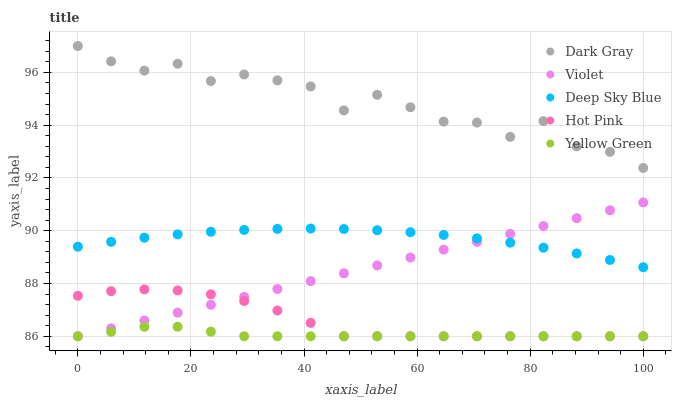
| xaxis_label | Dark Gray | Violet | Deep Sky Blue | Hot Pink | Yellow Green |
 | --- | --- | --- | --- | --- | --- |
 | 0 | 97 | 86 | 89.4 | 87.5 | 86 |
 | 5.88 | 96.4 | 86.3 | 89.6 | 87.7 | 86.2 |
 | 11.8 | 96.1 | 86.6 | 89.7 | 87.8 | 86.4 |
 | 17.6 | 96.3 | 86.9 | 89.9 | 87.7 | 86.4 |
 | 23.5 | 95.7 | 87.2 | 90 | 87.6 | 86.2 |
 | 29.4 | 95.9 | 87.5 | 90 | 87.3 | 86 |
 | 35.3 | 95.7 | 87.8 | 90.1 | 87 | 86 |
 | 41.2 | 95.5 | 88.1 | 90.1 | 86.5 | 86 |
 | 47.1 | 94.6 | 88.4 | 90.1 | 86 | 86 |
 | 52.9 | 95.1 | 88.7 | 90 | 86 | 86 |
 | 58.8 | 94.7 | 89 | 89.9 | 86 | 86 |
 | 64.7 | 94.1 | 89.3 | 89.8 | 86 | 86 |
 | 70.6 | 94.1 | 89.6 | 89.7 | 86 | 86 |
 | 76.5 | 93.6 | 89.9 | 89.5 | 86 | 86 |
 | 82.4 | 94.2 | 90.2 | 89.4 | 86 | 86 |
 | 88.2 | 93.2 | 90.5 | 89.1 | 86 | 86 |
 | 94.1 | 93 | 90.8 | 88.9 | 86 | 86 |
 | 100 | 92.4 | 91.1 | 88.6 | 86 | 86 |